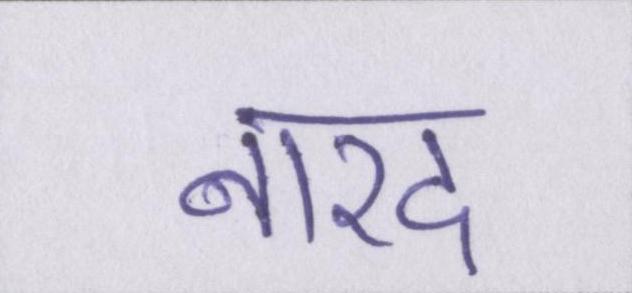
नारद